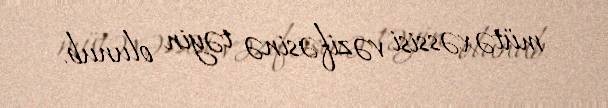
mütəxəssisi vəzifəsinə təyin olunub.